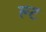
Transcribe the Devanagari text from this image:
ल्ट